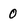
Character: 0